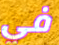
في